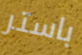
باستر